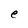
Character: e